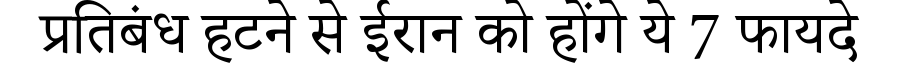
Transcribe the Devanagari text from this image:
प्रतिबंध हटने से ईरान को होंगे ये 7 फायदे